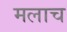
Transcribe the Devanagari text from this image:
मलाच